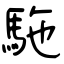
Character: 駞